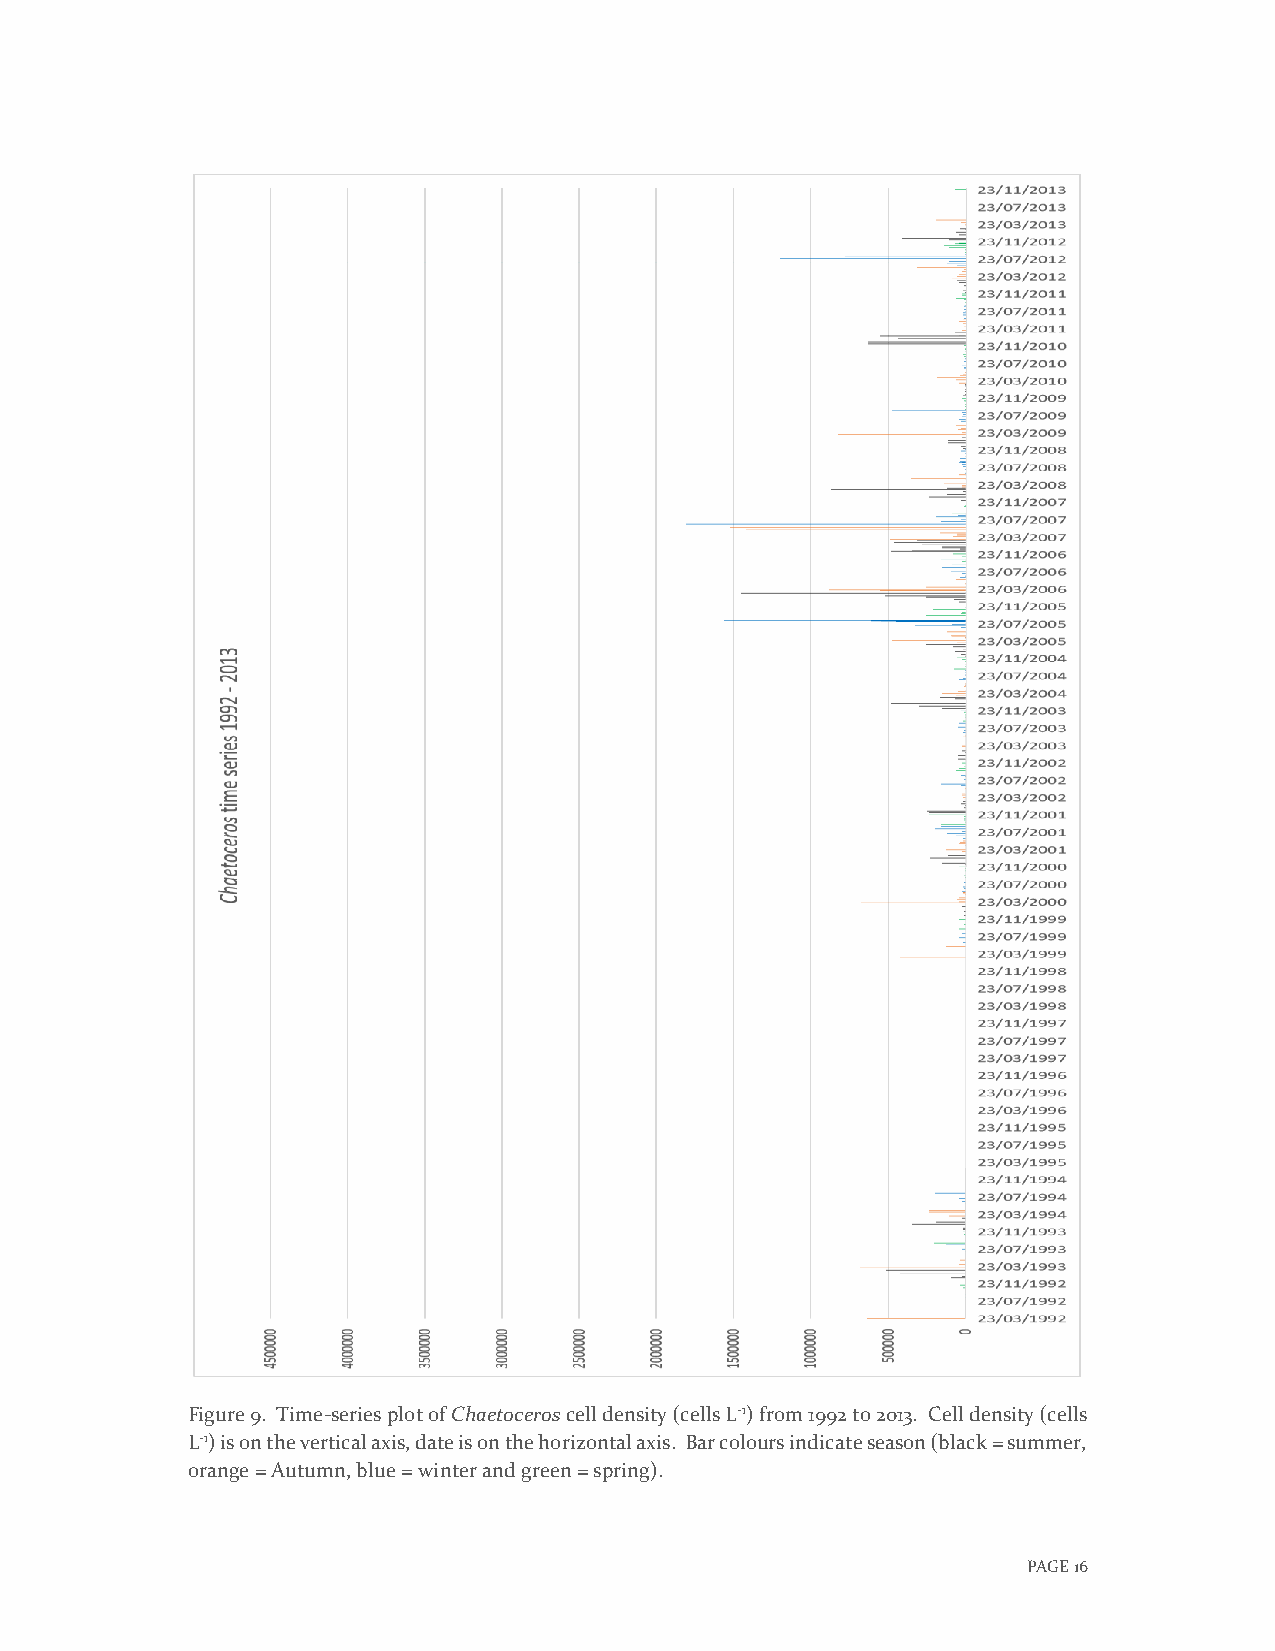
Figure 9. Time-series plot of Chaetoceros cell density (cells L-1) from 1992 to 2013. Cell density (cells
 L-1) is on the vertical axis, date is on the horizontal axis. Bar colours indicate season (black = summer,
 orange = Autumn, blue = winter and green = spring).
 PAGE 16